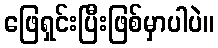
ဖြေရှင်းပြီးဖြစ်မှာပါပဲ။